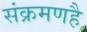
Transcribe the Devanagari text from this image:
संक्रमणहै